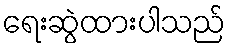
ရေးဆွဲထားပါသည်